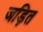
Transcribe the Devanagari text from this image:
जड़ित